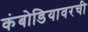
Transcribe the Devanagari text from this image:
कंबोडियावरची